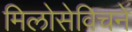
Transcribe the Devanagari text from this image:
मिलोसेविचने